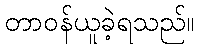
တာဝန်ယူခဲ့ရသည်။